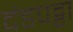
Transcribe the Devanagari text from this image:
दंडपट्टा